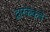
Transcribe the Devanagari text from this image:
द्वारकेकडे